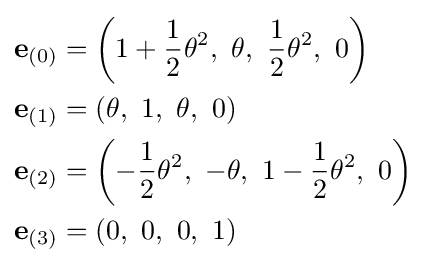
{\begin{aligned}\mathbf {e} _{(0)}&=\left(1+{\frac {1}{2}}\theta ^{2},\ \theta ,\ {\frac {1}{2}}\theta ^{2},\ 0\right)\\\mathbf {e} _{(1)}&=\left(\theta ,\ 1,\ \theta ,\ 0\right)\\\mathbf {e} _{(2)}&=\left(-{\frac {1}{2}}\theta ^{2},\ -\theta ,\ 1-{\frac {1}{2}}\theta ^{2},\ 0\right)\\\mathbf {e} _{(3)}&=\left(0,\ 0,\ 0,\ 1\right)\end{aligned}}